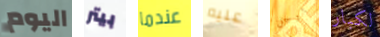
اليوم بيتر عندما عليه برجل لكبار